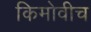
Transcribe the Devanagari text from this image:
किमोवीच